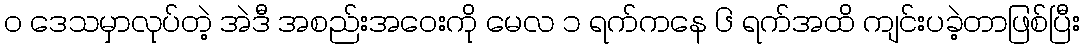
၀ ဒေသမှာလုပ်တဲ့ အဲဒီ အစည်းအဝေးကို မေလ ၁ ရက်ကနေ ၆ ရက်အထိ ကျင်းပခဲ့တာဖြစ်ပြီး